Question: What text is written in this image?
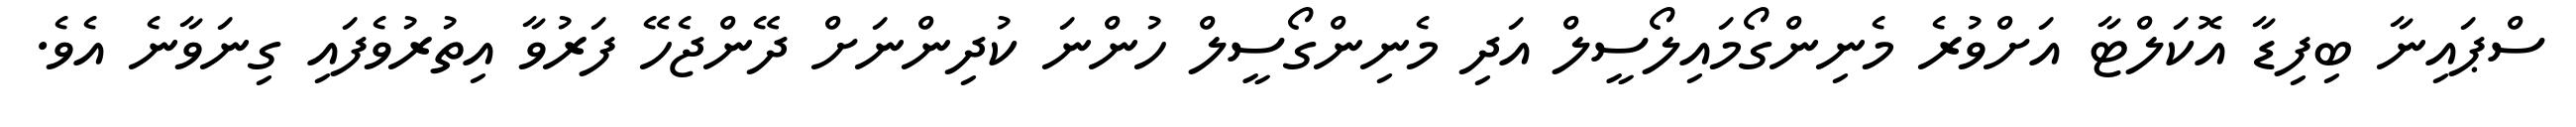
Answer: ސްޕައިނާ ބިފިޑާ އޮކަލްޓާ އަށްވުރެ މެނިންގޯމައިލޯސީލް އަދި މެނިންގޯސީލް ހުންނަ ކުދިންނަށް ދޭންޖެހޭ ފަރުވާ އިތުރުވެފައި ގިނަވާނެ އެވެ.